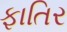
ફાતિર